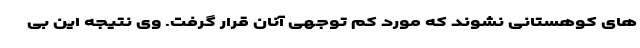
های کوهستانی نشوند که مورد کم توجهی آنان قرار گرفت. وی نتیجه این بی